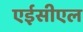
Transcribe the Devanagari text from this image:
एईसीएल